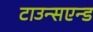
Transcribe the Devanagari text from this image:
टाउन्सएन्ड